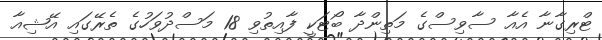
ޓްރިގާނާ އެއާ ސާވިސްގެ މަތިންދާ ބޯޓަކީ ފާއިތުވި 18 މަސްދުވަހުގެ ތެރޭގައި އޭޝިއާ